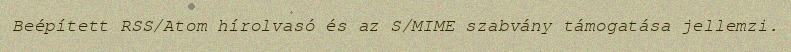
Beépített RSS/Atom hírolvasó és az S/MIME szabvány támogatása jellemzi.